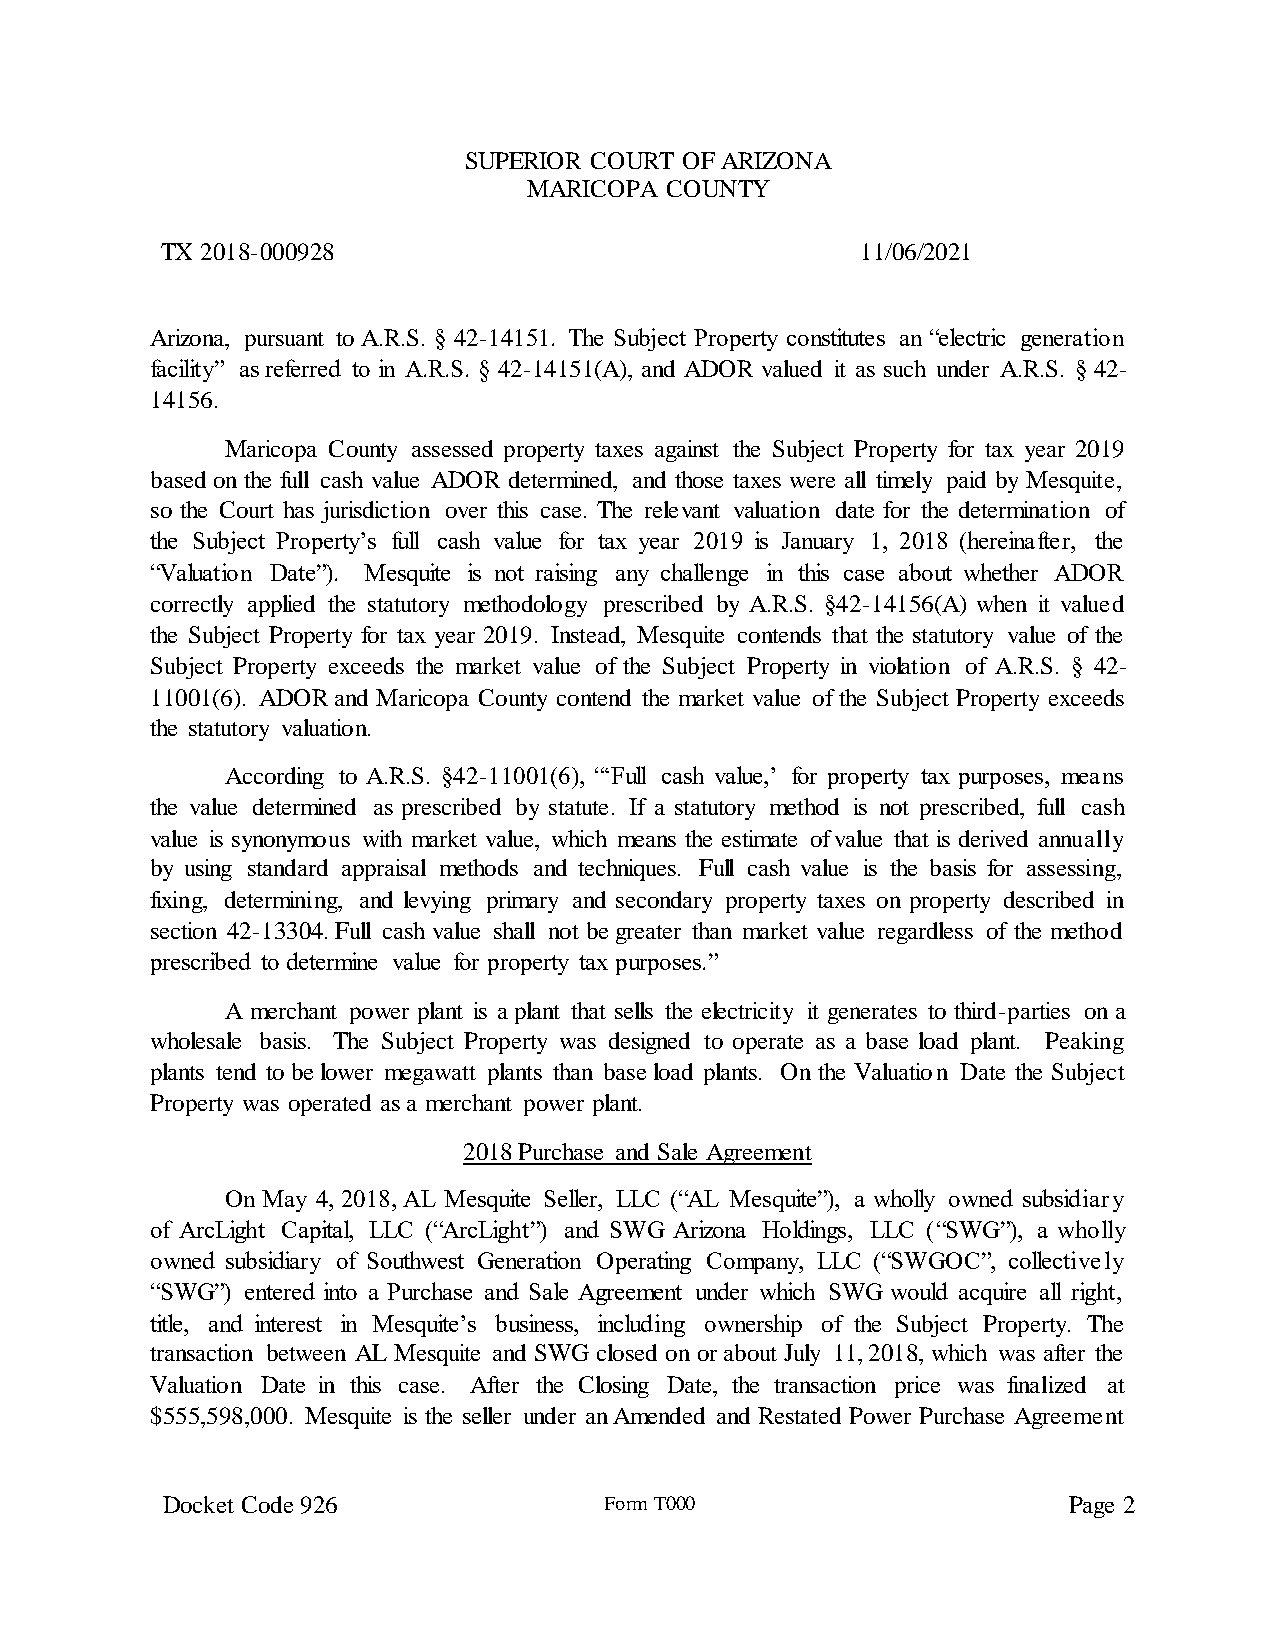
SUPERIOR COURT OF ARIZONA
 MARICOPA COUNTY
 TX 2018-000928                                11/06/2021
 Arizona, pursuant to A.R.S. § 42-14151. The Subject Property constitutes an “electric generation
 facility” as referred to in A.R.S. § 42-14151(A), and ADOR valued it as such under A.R.S. § 42-
 14156.
 Maricopa County assessed property taxes against the Subject Property for tax year 2019
 based on the full cash value ADOR determined, and those taxes were all timely paid by Mesquite,
 so the Court has jurisdiction over this case. The relevant valuation date for the determination of
 the Subject Property’s full cash value for tax year 2019 is January 1, 2018 (hereinafter, the
 “Valuation Date”). Mesquite is not raising any challenge in this case about whether ADOR
 correctly applied the statutory methodology prescribed by A.R.S. §42-14156(A) when it valued
 the Subject Property for tax year 2019. Instead, Mesquite contends that the statutory value of the
 Subject Property exceeds the market value of the Subject Property in violation of A.R.S. § 42-
 11001(6). ADOR and Maricopa County contend the market value of the Subject Property exceeds
 the statutory valuation.
 According to A.R.S. §42-11001(6), “‘Full cash value,’ for property tax purposes, means
 the value determined as prescribed by statute. If a statutory method is not prescribed, full cash
 value is synonymous with market value, which means the estimate of value that is derived annually
 by using standard appraisal methods and techniques. Full cash value is the basis for assessing,
 fixing, determining, and levying primary and secondary property taxes on property described in
 section 42-13304. Full cash value shall not be greater than market value regardless of the method
 prescribed to determine value for property tax purposes.”
 A merchant power plant is a plant that sells the electricity it generates to third-parties on a
 wholesale basis. The Subject Property was designed to operate as a base load plant. Peaking
 plants tend to be lower megawatt plants than base load plants. On the Valuation Date the Subject
 Property was operated as a merchant power plant.
 2018 Purchase and Sale Agreement
 On May 4, 2018, AL Mesquite Seller, LLC (“AL Mesquite”), a wholly owned subsidiary
 of ArcLight Capital, LLC (“ArcLight”) and SWG Arizona Holdings, LLC (“SWG”), a wholly
 owned subsidiary of Southwest Generation Operating Company, LLC (“SWGOC”, collectively
 “SWG”) entered into a Purchase and Sale Agreement under which SWG would acquire all right,
 title, and interest in Mesquite’s business, including ownership of the Subject Property. The
 transaction between AL Mesquite and SWG closed on or about July 11, 2018, which was after the
 Valuation Date in this case. After the Closing Date, the transaction price was finalized at
 $555,598,000. Mesquite is the seller under an Amended and Restated Power Purchase Agreement
 Docket Code 926              Form T000                      Page 2